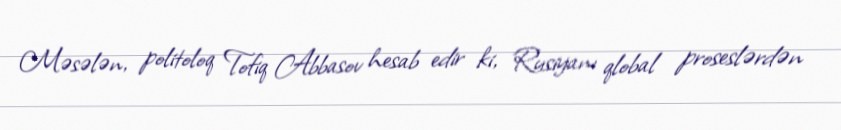
Məsələn, politoloq Tofiq Abbasov hesab edir ki, Rusiyanı qlobal proseslərdən